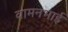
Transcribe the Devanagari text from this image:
वामनभाई